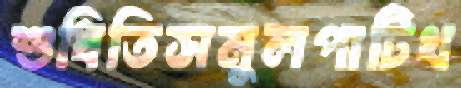
শুধিতিসমুলপাটিখ